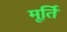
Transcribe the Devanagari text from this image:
मूर्तिं